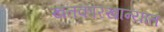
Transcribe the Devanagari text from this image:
खतकारखान्यात